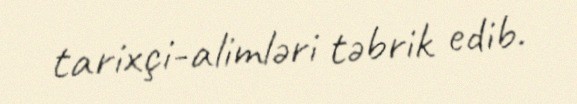
tarixçi-alimləri təbrik edib.